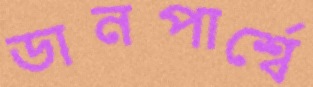
ডানপার্শ্বে